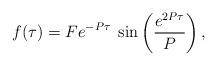
\begin{align*}f(\tau)=Fe^{-P\tau}\;\sin \left(\frac{e^{2P\tau}}{P}\right),\end{align*}